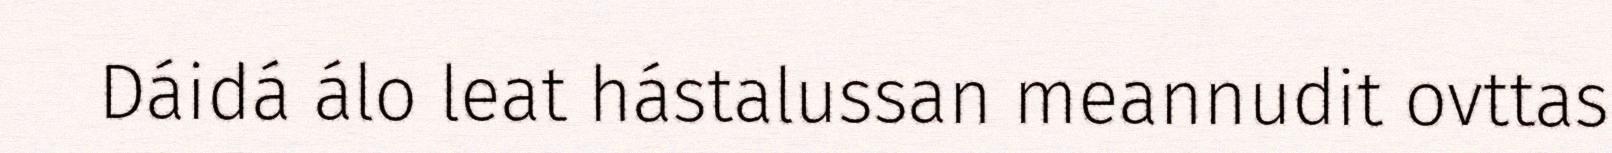
Dáidá álo leat hástalussan meannudit ovttas